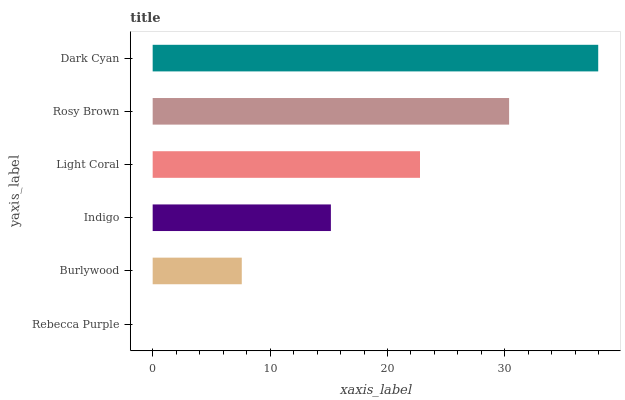
| yaxis_label | bars |
 | --- | --- |
 | Rebecca Purple | 0 |
 | Burlywood | 7.59 |
 | Indigo | 15.2 |
 | Light Coral | 22.8 |
 | Rosy Brown | 30.4 |
 | Dark Cyan | 37.9 |